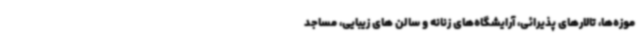
موزه‌ها، تالارهای پذیرائی، آرایشگاه‌های زنانه و سالن های زیبایی، مساجد